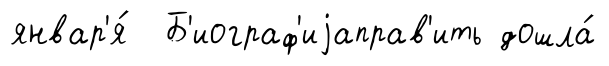
январ'я́ Б'иограф'иjаправ'ить дошла́